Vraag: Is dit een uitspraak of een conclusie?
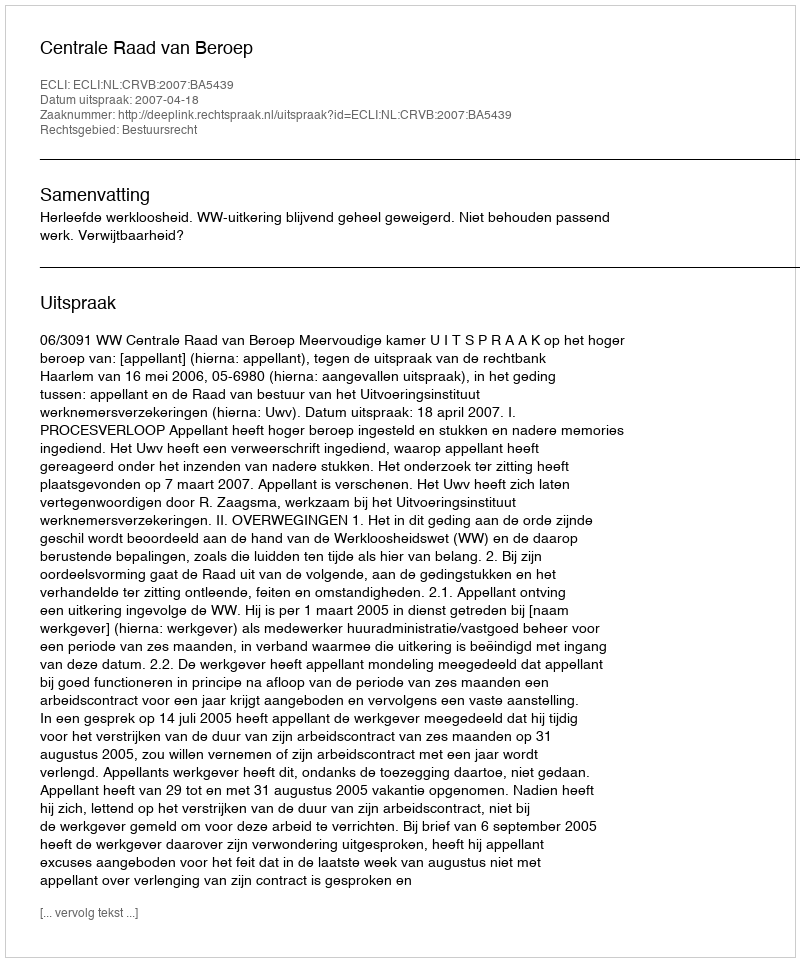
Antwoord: Uitspraak